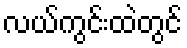
လယ်ကွင်းထဲတွင်